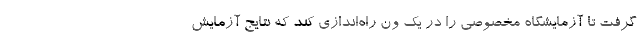
گرفت تا آزمایشگاه مخصوصی را در یک ون راه‌اندازی کند که نتایج آزمایش